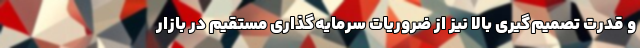
و قدرت تصمیم‌گیری بالا نیز از ضروریات سرمایه‌گذاری مستقیم در بازار